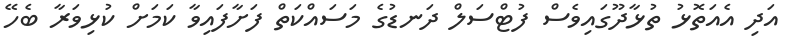
އަދި އެއަތޮޅު ތުޅާދޫގައިވެސް ފުޓްސަލް ދަނޑުގެ މަސައްކަތް ފަށާފައިވާ ކަމަށް ކުޅިވަރާ ބެހޭ